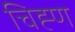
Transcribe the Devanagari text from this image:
चिह्ण